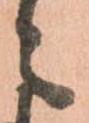
々